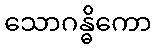
သောဂန္ဓိကော